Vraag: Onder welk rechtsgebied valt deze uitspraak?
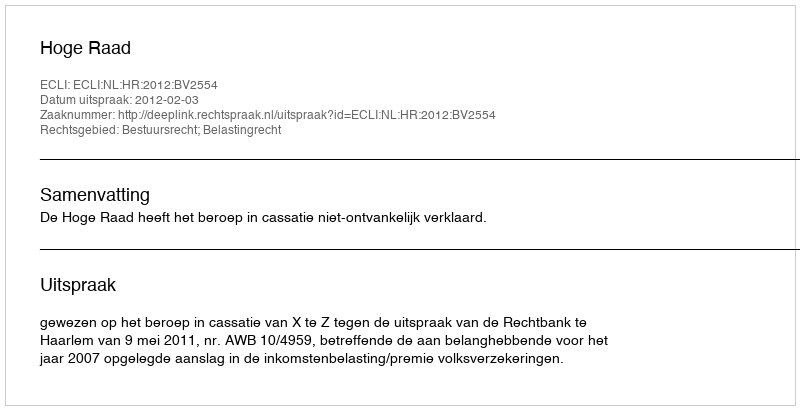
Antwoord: Bestuursrecht; Belastingrecht